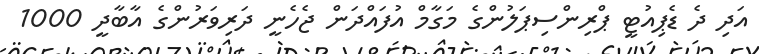
އަދި ދެ ޑެޕިއުޓީ ޕްރިންސިޕަލުންގެ މަގާމް އުފައްދަން ޖެހެނީ ދަރިވަރުންގެ އާބާދީ 1000